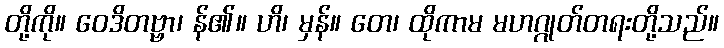
တို့ကို။ ဝေဒိတဗ္ဗာ၊ န်၏။ ဟိ၊ မှန်။ တေ၊ ထိုကာမ မဟဂ္ဂုတ်တရးတို့သည်။